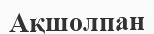
Ақшолпан